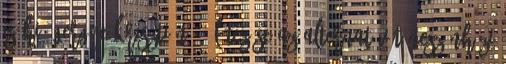
is hi- Gergye Krisztián ő, létezése az alternatív táncszínházi